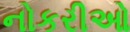
નોકરીઓ